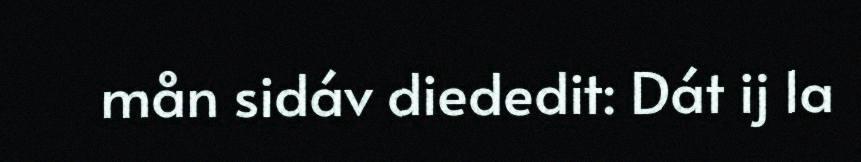
mån sidáv diededit: Dát ij la